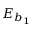
E _ { b _ { 1 } }